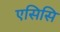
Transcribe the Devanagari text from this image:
एसिसि